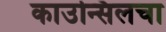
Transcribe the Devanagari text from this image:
काउन्सिलचा